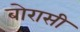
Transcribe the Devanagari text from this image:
बोरासी